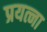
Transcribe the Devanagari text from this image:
प्रयत्ना